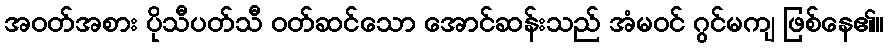
အဝတ်အစား ပိုသီပတ်သီ ဝတ်ဆင်သော အောင်ဆန်းသည် အံမဝင် ဂွင်မကျ ဖြစ်နေ၏။